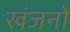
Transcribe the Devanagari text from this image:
खंजनों